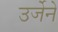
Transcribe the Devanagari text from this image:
उर्जेने